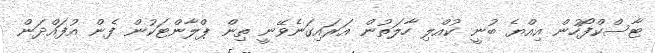
ޓާސްކްފޯހުން އިއްޔެ ބުނީ ކުއްލި ހާލަތުން އަރައިގަނެވޭނީ ތިން ޕްލާންޓަކުން ފެން އުފައްދަން